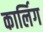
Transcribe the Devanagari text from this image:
कार्लिग